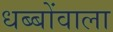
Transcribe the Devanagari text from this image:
धब्बोंवाला